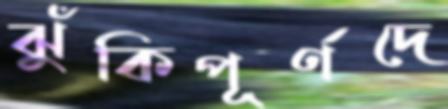
ঝুঁকিপূর্ণদে